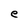
Character: e